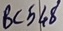
Text: BC548